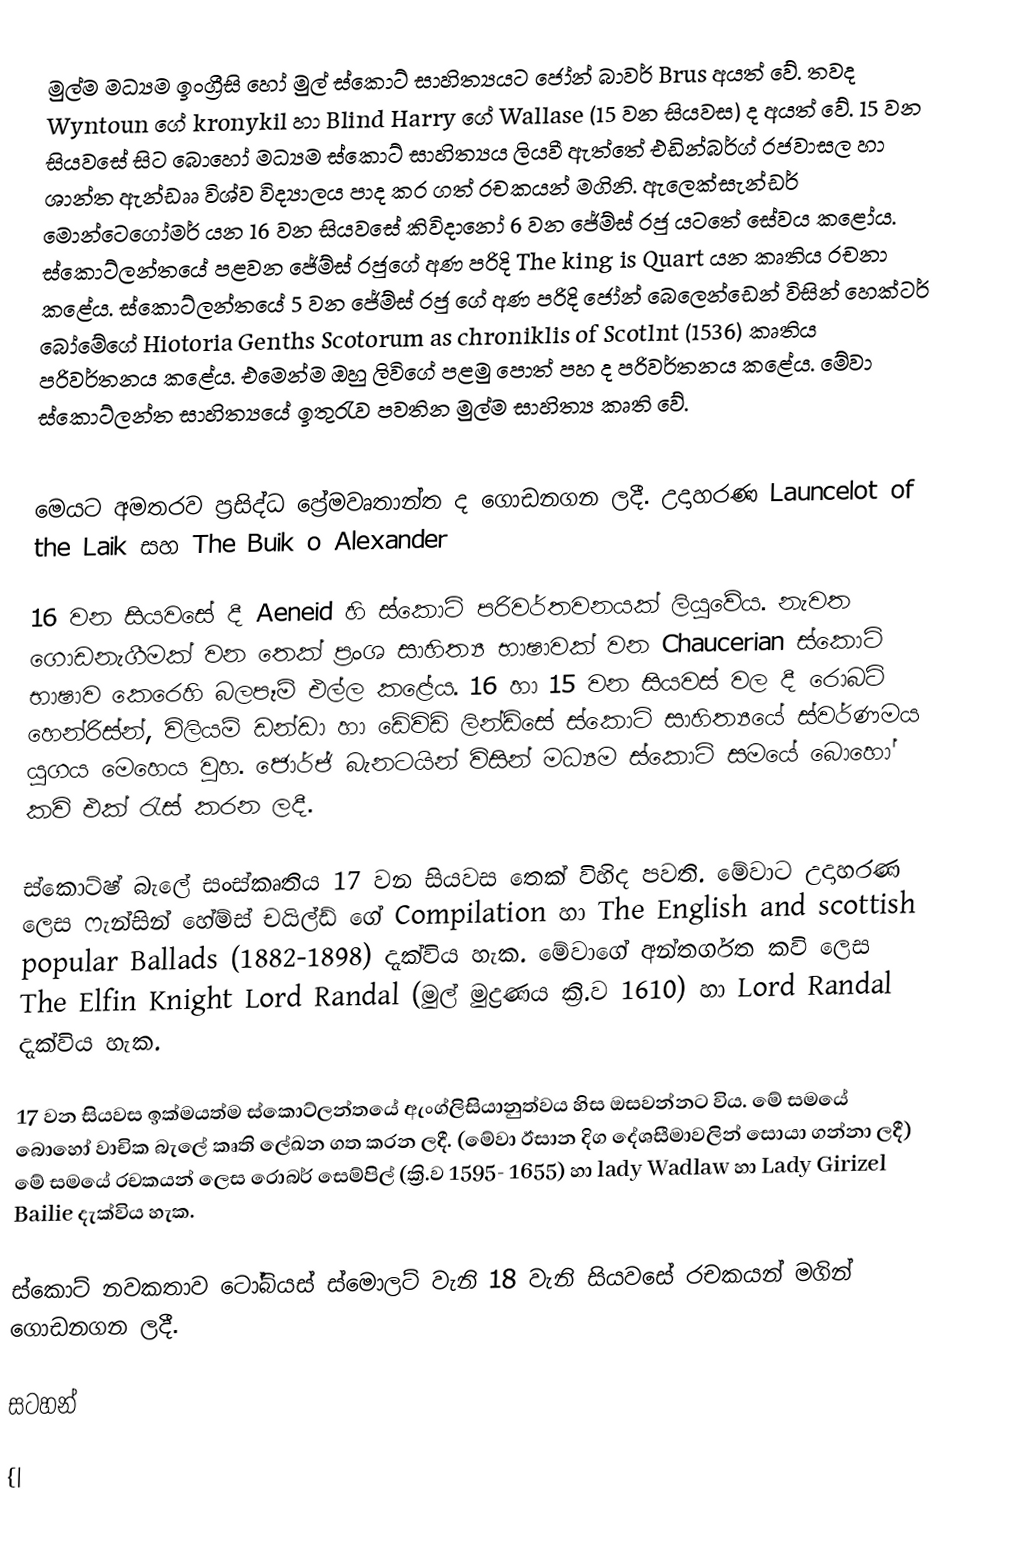
මුල්ම මධ්‍යම ඉංග්‍රීසි හෝ මුල් ස්කොට් සාහිත්‍යයට ‍ජෝන් බාවර් Brus අයත් වේ. තවද Wyntoun ‍ගේ  kronykil හා Blind Harry ගේ Wallase (15 වන සියවස) ද අයත් වේ. 15 වන සියවසේ සිට බොහෝ මධ්‍යම ස්කොට් සාහිත්‍යය ලියවී ඇත්තේ එඩින්බර්ග් රජවාසල හා ශාන්ත ඇන්ඩෲ විශ්ව විද්‍යාලය පාද කර ගත් රචකයන් මගිනි. ඇලෙක්සැන්ඩර් මොන්ටෙගෝමර් යන 16 වන සියවසේ කිවිදානෝ 6 වන ජේම්ස් රජු යටතේ සේවය කළෝය. ස්කොට්ලන්තයේ පළවන ජේම්ස් රජුගේ අණ පරිදි The king is Quart යන කෘතිය රචනා කළේය. ස්කොට්ලන්තයේ 5 වන ජේම්ස් රජු ගේ අණ පරිදි ජෝන් බෙලෙන්ඩෙන් විසින් හෙක්ටර් බෝමේගේ Hiotoria Genths Scotorum as chroniklis of Scotlnt (1536) කෘතිය පරිවර්තනය කළේය. එමෙන්ම ඔහු ලිවිගේ පළමු පොත් පහ ද පරිවර්තනය කළේය. මේවා ස්කොට්ලන්ත‍ සාහිත්‍යයේ ඉතුරැව පවතින මුල්ම සාහිත්‍ය කෘති වේ.

මෙයට අමතරව ප්‍රසිද්ධ ප්‍රේමවෘතාන්ත ද ගොඩනගන ලදී. උදාහරණ Launcelot of the Laik සහ The Buik o Alexander

16 වන සියවසේ දී Aeneid හි ස්කොට් පරිවර්තවනයක් ලියුවේය. නැවත ගොඩනැගීමක් වන තෙක් ප්‍රංශ සාහිත්‍ය භාෂාවක් වන Chaucerian ස්කොට් භාෂාව කෙරෙහි බලපෑම් එල්ල කළේය. 16 හා 15 වන සියවස් වල දී රොබට් හෙන්රිස්න්, විලියම් ඩන්ඩා හා ඩේවිඩ් ලින්ඩ්සේ ස‍්කොට් සාහිත්‍යයේ ස්වර්ණමය යුගය මෙහෙය වුහ. ජොර්ජ් බැනටයින් විසින් මධ්‍යම ස්කොට් සමයේ බොහෝ කවි එක් රැස් කරන ලදී.

ස්කොට්ෂ් බැලේ සංස්කෘතිය 17 වන සියවස තෙක් විහිද පවති. මේවාට උදාහරණ ලෙස ෆැන්සින් හේම්ස් චයිල්ඩ් ගේ Compilation හා The English and scottish popular Ballads (1882-1898) දැක්විය හැක. මේවාගේ අන්තර්ගත කවි ලෙස The Elfin Knight Lord Randal (මුල් මුද්‍රණය ක්‍රි.ව 1610) හා Lord Randal දැක්විය හැක.

17 වන සියවස ඉක්මයත්ම ස්කොට්ලන්තයේ ඇංග්ලිසියානුත්වය හිස ඔසවන්නට විය. මේ සමයේ බොහෝ වාචික බැලේ කෘති ලේඛන ගත කරන ලදී. (මේවා ඊසාන දිග දේශසීමාවලින් සොයා ගන්නා ලදී) මේ සමයේ රචකයන් ලෙස රොබර් සෙම්පිල් (ක්‍රි.ව 1595- 1655) හා lady Wadlaw හා Lady Girizel Bailie දැක්විය හැක.

ස්කොට් නවකතාව ටෝබියස් ස්මොලට් වැනි 18 වැනි සියවසේ රචකයන් මගින් ගොඩනගන ලදී.

සටහන්

{|